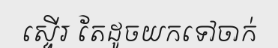
ស្ទើរ តែដូចយកទៅចាក់